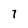
Character: 7